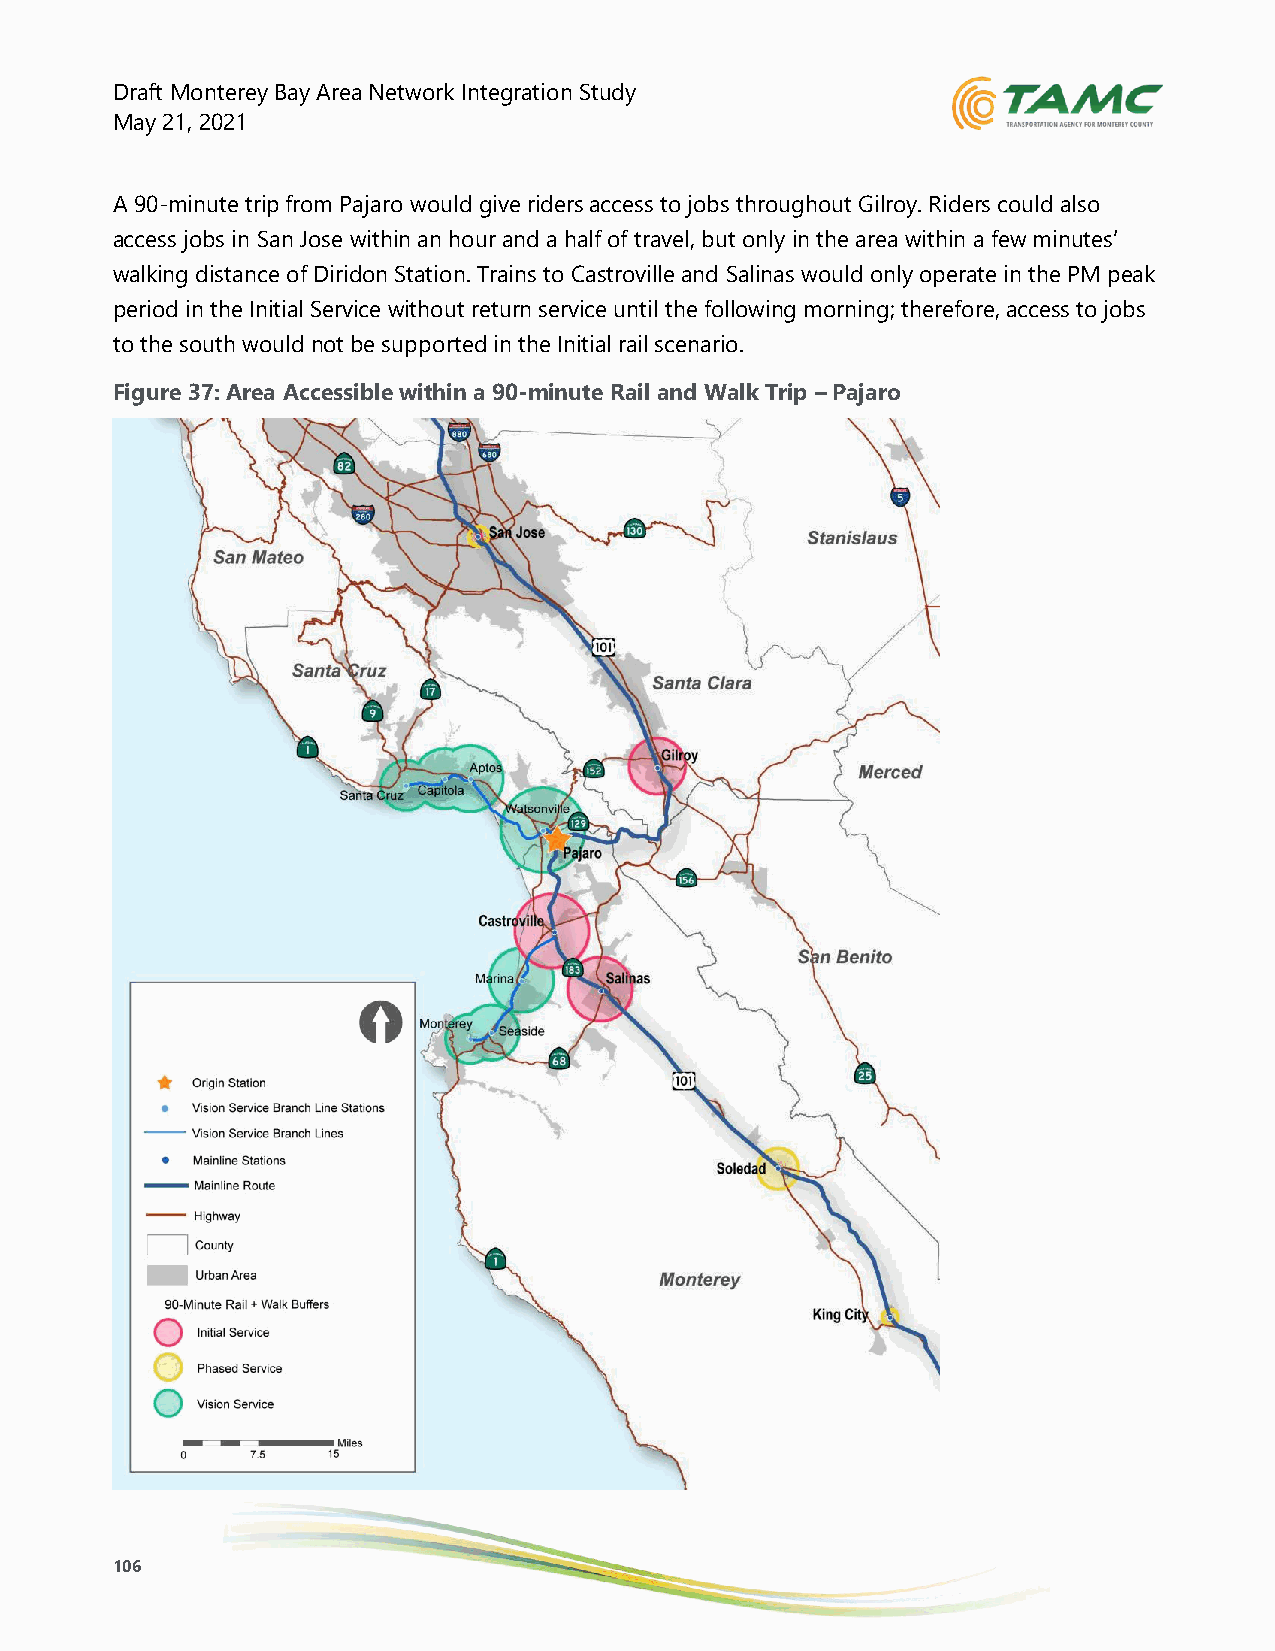
Draft Monterey Bay Area Network Integration Study
 May 21, 2021
 A 90-minute trip from Pajaro would give riders access to jobs throughout Gilroy. Riders could also
 access jobs in San Jose within an hour and a half of travel, but only in the area within a few minutes’
 walking distance of Diridon Station. Trains to Castroville and Salinas would only operate in the PM peak
 period in the Initial Service without return service until the following morning; therefore, access to jobs
 to the south would not be supported in the Initial rail scenario.
 Figure 37: Area Accessible within a 90-minute Rail and Walk Trip – Pajaro
 106